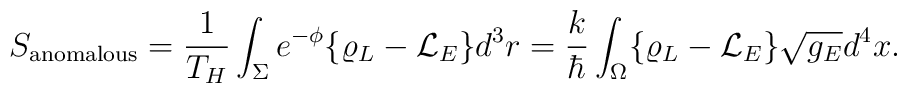
S_{\rm anomalous}= {1\over T_H} \int_\Sigma e^{-\phi} \{ \varrho_L - {\cal L}_E  \} d^3r= {k\over\hbar} \int_\Omega \{ \varrho_L - {\cal L}_E  \} \sqrt{g_E} d^4x.